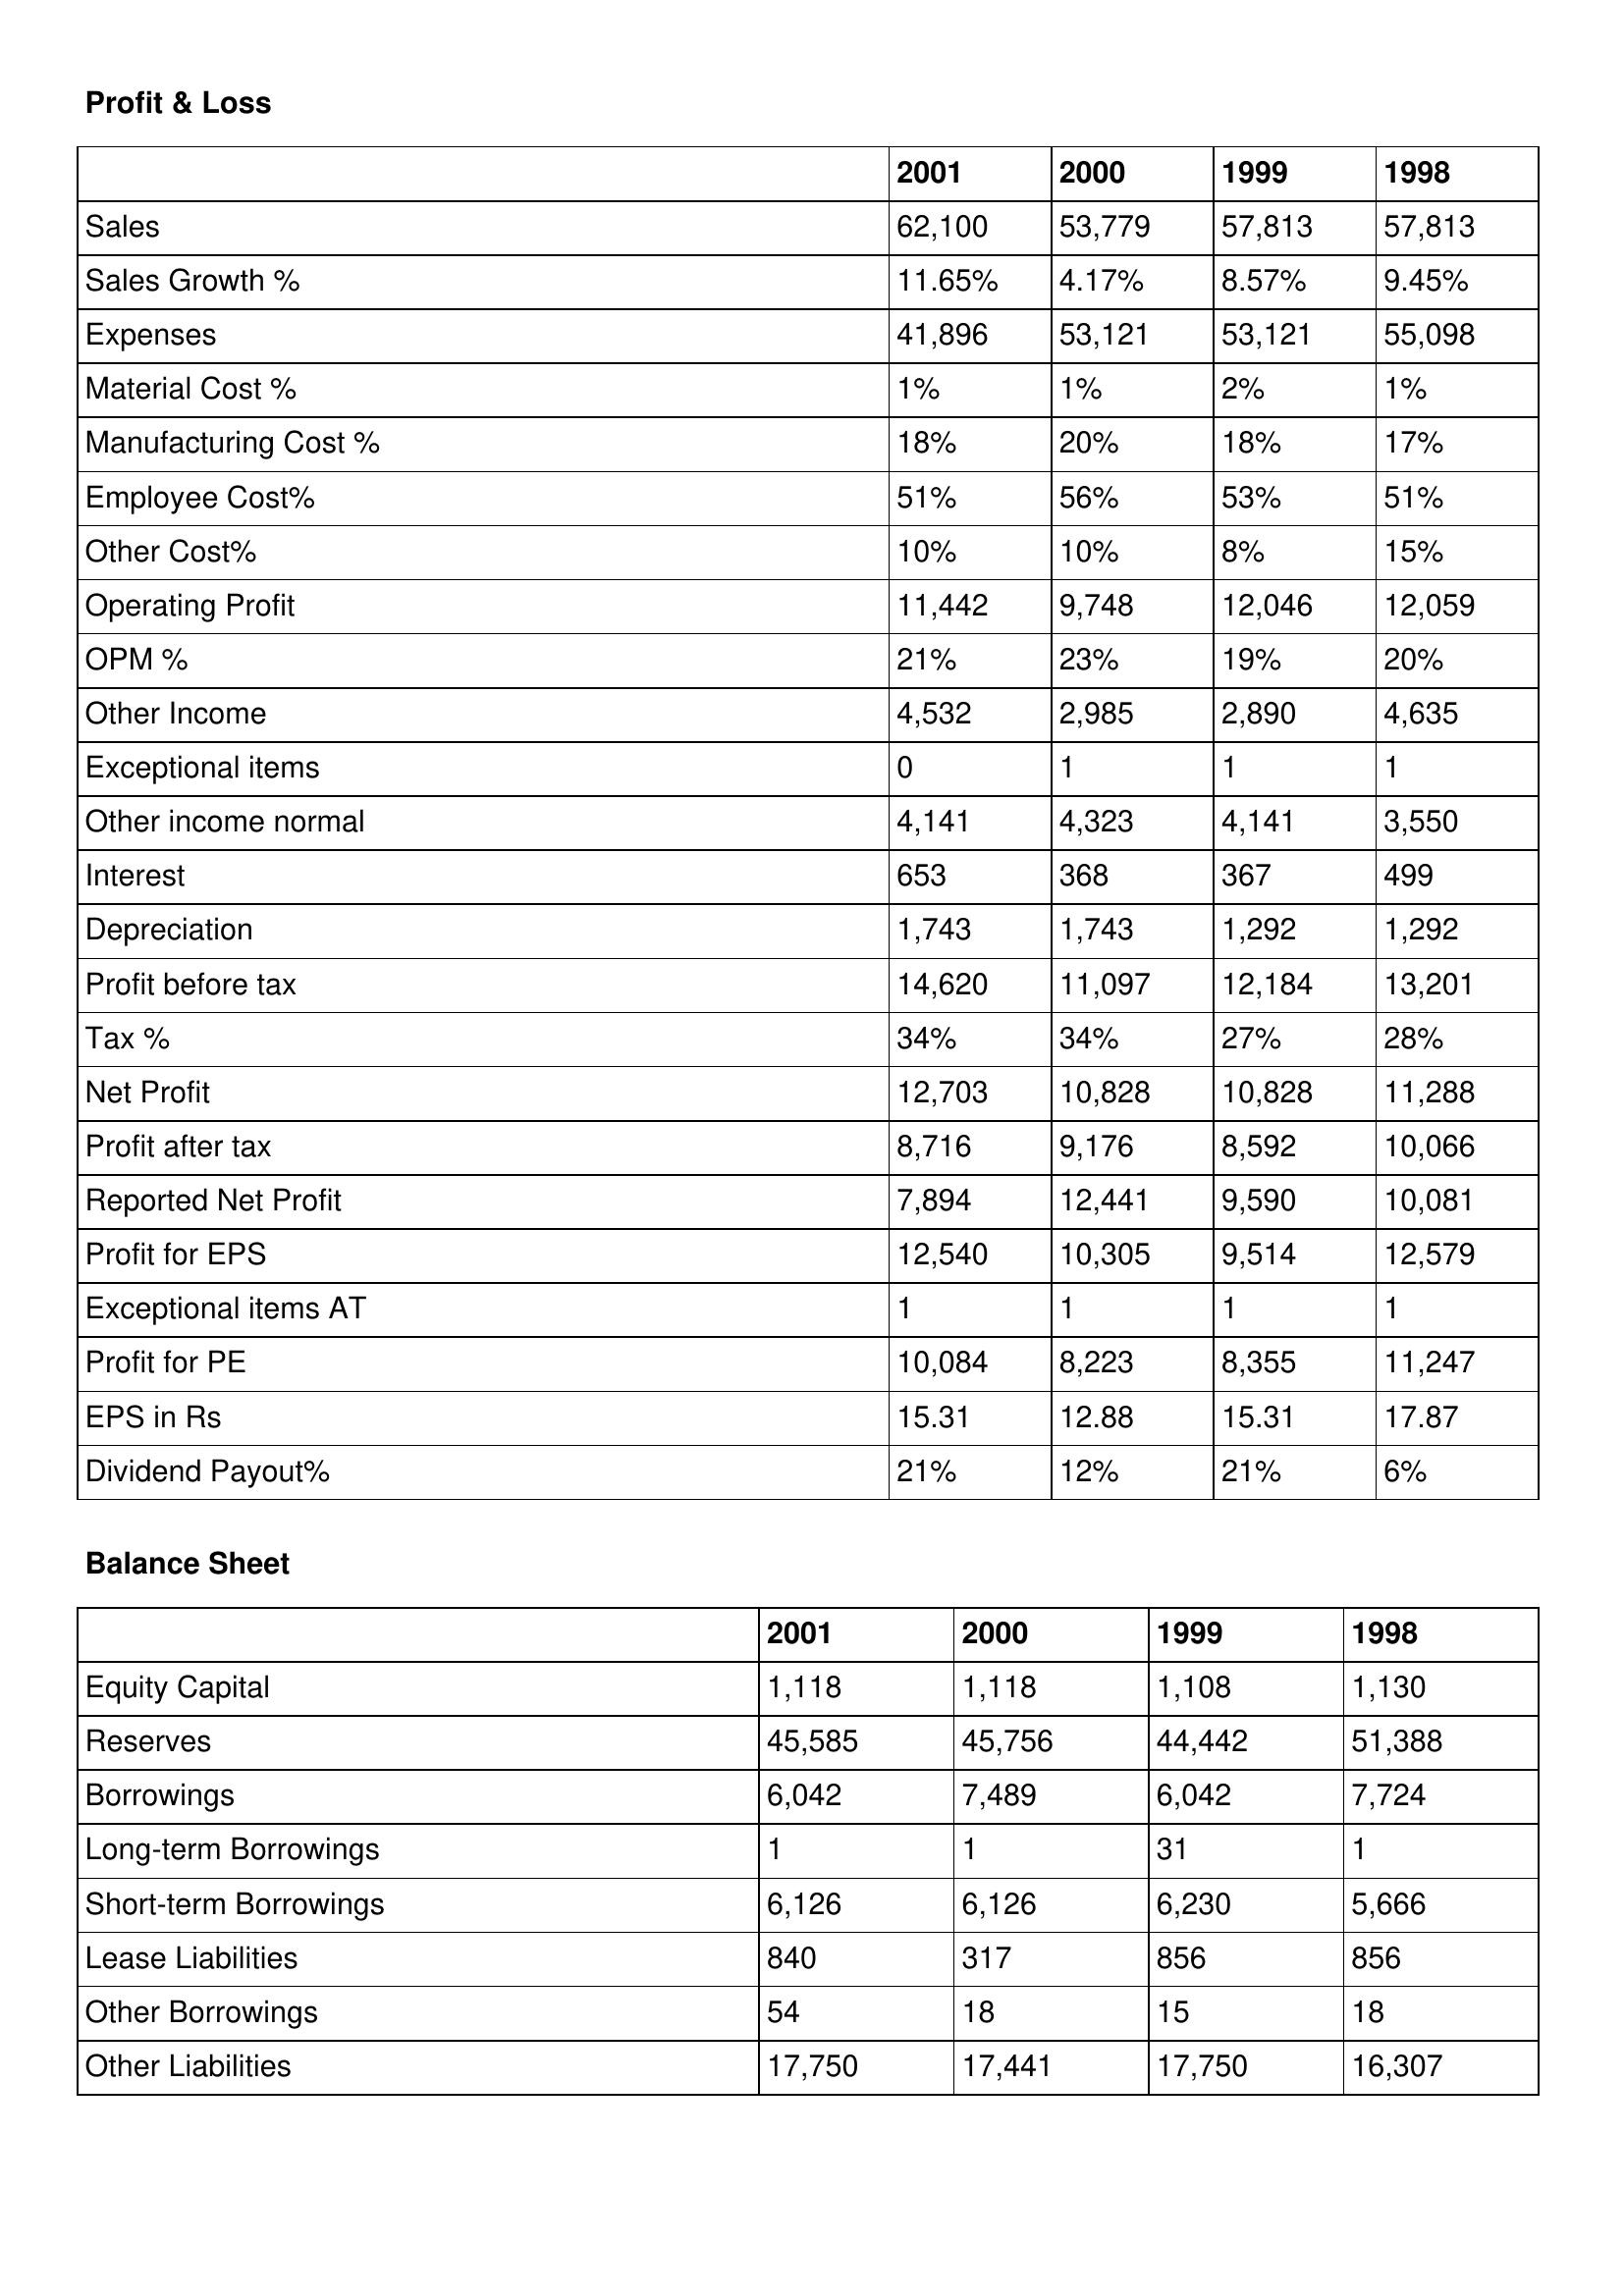
gt_parse: 2001: Profit & Loss: Sales: 62,100
Sales Growth %: 11.65%
Expenses: 41,896
Material Cost %: 1%
Manufacturing Cost %: 18%
Employee Cost%: 51%
Other Cost%: 10%
Operating Profit: 11,442
OPM %: 21%
Other Income: 4,532
Exceptional items: 0
Other income normal: 4,141
Interest: 653
Depreciation: 1,743
Profit before tax: 14,620
Tax %: 34%
Net Profit: 12,703
Profit after tax: 8,716
Reported Net Profit: 7,894
Profit for EPS: 12,540
Exceptional items AT: 1
Profit for PE: 10,084
EPS in Rs: 15.31
Dividend Payout%: 21%
Balance Sheet: Equity Capital: 1,118
Reserves: 45,585
Borrowings: 6,042
Long-term Borrowings: 1
Short-term Borrowings: 6,126
Lease Liabilities: 840
Other Borrowings: 54
Other Liabilities: 17,750
2000: Profit & Loss: Sales: 53,779
Sales Growth %: 4.17%
Expenses: 53,121
Material Cost %: 1%
Manufacturing Cost %: 20%
Employee Cost%: 56%
Other Cost%: 10%
Operating Profit: 9,748
OPM %: 23%
Other Income: 2,985
Exceptional items: 1
Other income normal: 4,323
Interest: 368
Depreciation: 1,743
Profit before tax: 11,097
Tax %: 34%
Net Profit: 10,828
Profit after tax: 9,176
Reported Net Profit: 12,441
Profit for EPS: 10,305
Exceptional items AT: 1
Profit for PE: 8,223
EPS in Rs: 12.88
Dividend Payout%: 12%
Balance Sheet: Equity Capital: 1,118
Reserves: 45,756
Borrowings: 7,489
Long-term Borrowings: 1
Short-term Borrowings: 6,126
Lease Liabilities: 317
Other Borrowings: 18
Other Liabilities: 17,441
1999: Profit & Loss: Sales: 57,813
Sales Growth %: 8.57%
Expenses: 53,121
Material Cost %: 2%
Manufacturing Cost %: 18%
Employee Cost%: 53%
Other Cost%: 8%
Operating Profit: 12,046
OPM %: 19%
Other Income: 2,890
Exceptional items: 1
Other income normal: 4,141
Interest: 367
Depreciation: 1,292
Profit before tax: 12,184
Tax %: 27%
Net Profit: 10,828
Profit after tax: 8,592
Reported Net Profit: 9,590
Profit for EPS: 9,514
Exceptional items AT: 1
Profit for PE: 8,355
EPS in Rs: 15.31
Dividend Payout%: 21%
Balance Sheet: Equity Capital: 1,108
Reserves: 44,442
Borrowings: 6,042
Long-term Borrowings: 31
Short-term Borrowings: 6,230
Lease Liabilities: 856
Other Borrowings: 15
Other Liabilities: 17,750
1998: Profit & Loss: Sales: 57,813
Sales Growth %: 9.45%
Expenses: 55,098
Material Cost %: 1%
Manufacturing Cost %: 17%
Employee Cost%: 51%
Other Cost%: 15%
Operating Profit: 12,059
OPM %: 20%
Other Income: 4,635
Exceptional items: 1
Other income normal: 3,550
Interest: 499
Depreciation: 1,292
Profit before tax: 13,201
Tax %: 28%
Net Profit: 11,288
Profit after tax: 10,066
Reported Net Profit: 10,081
Profit for EPS: 12,579
Exceptional items AT: 1
Profit for PE: 11,247
EPS in Rs: 17.87
Dividend Payout%: 6%
Balance Sheet: Equity Capital: 1,130
Reserves: 51,388
Borrowings: 7,724
Long-term Borrowings: 1
Short-term Borrowings: 5,666
Lease Liabilities: 856
Other Borrowings: 18
Other Liabilities: 16,307